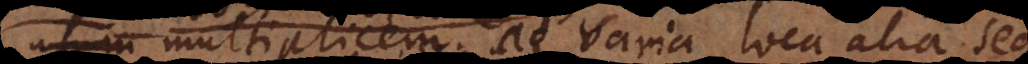
multiplicem ad varia loca alia, sed